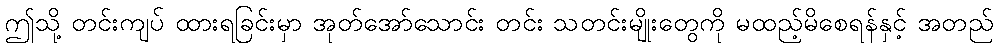
ဤသို့ တင်းကျပ် ထားရခြင်းမှာ အုတ်အော်သောင်း တင်း သတင်းမျိုးတွေကို မထည့်မိစေရန်နှင့် အတည်